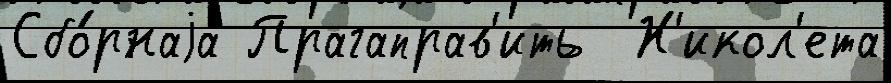
Сбо́рнаjа Прагаправ'ить  Н'икол'ета